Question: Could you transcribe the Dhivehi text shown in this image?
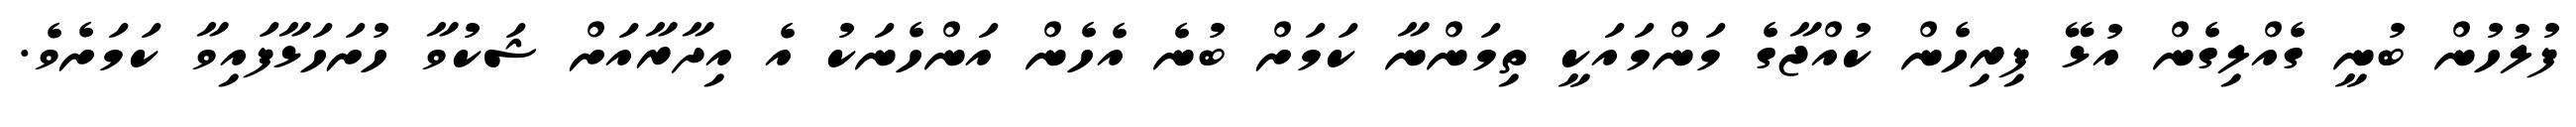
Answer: ފުލުހުން ބުނީ ގެއްލިގެން އުޅޭ ފިރިހެން ކުއްޖާގެ މަންމައަކީ ތިމަންނާ ކަމަށް ބުނެ އެހެން އަންހެނަކު އެ އިދާރާއަށް ޝަކުވާ ހުށަހަޅާފައިވާ ކަމަށެވެ.